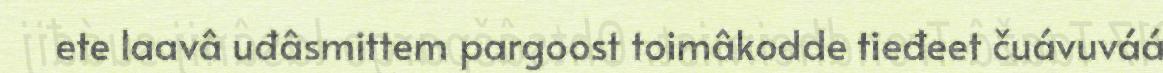
ete laavâ uđâsmittem pargoost toimâkodde tieđeet čuávuváá